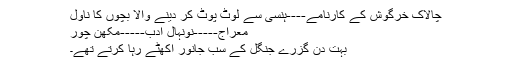
چالاک خرگوش کے کارنامے----ہنسی سے لوٹ پوٹ کر دینے والا بچوں کا ناول
معراج-----نونہال ادب-----مکھّن چور
بہت دن گزرے جنگل کے سب جانور اکھٹّے رہا کرتے تھے۔